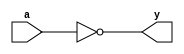
// EEM16 - Logic Design
// Design Assignment #1 - Problem #1
// dassign1_1.v
module inverter(y,a);
    output y;
    input a;
  assign y = ~a;
endmodule

module nand2(y,a,b);
    output y;
    input a,b;
  wire c;
  assign c = ~(a & b);
  assign y = c;
endmodule

module nand3(y,a,b,c);
	output y;
    input a,b,c;
    wire d;
  assign d = ~(a & b & c);
   assign y = d;
endmodule

module nor2(y,a,b);
	output y;
    input a,b;
  wire c;
  assign c = ~(a | b);
  assign y = c;
endmodule

module nor3(y,a,b,c);
	output y;
    input a,b,c;
    wire d;
  assign d = ~(a | b | c);
   assign y = d;
endmodule

module mux2(y,a,b,sel);
  input sel;
  input a, b;
  output y;
  reg y;
  always @ (sel or a or b)
  begin
    if(sel) y = a;
    else y = b;
  end
endmodule

module xor2(y,a,b);
input a, b;
  output y;
  wire c = a | b;
  wire d = ~a | ~b;
  assign y = c & d;
endmodule

module dassign1_1 (y,a,b,c,d,e,f,g);
    output y;
    input a,b,c,d,e,f,g;
  wire y1, y2, y3, y4, y5, y6;
  nand3 one(y1, a, b, c);
  nand2 two(y2, y1, d);
  nand2 three(y3, f, g);
  nor2 four(y4, e, y3);
  nor2 five(y5, y2, y4);
  nor2 six(y6, y5, y5);
  assign y = y6;
endmodule